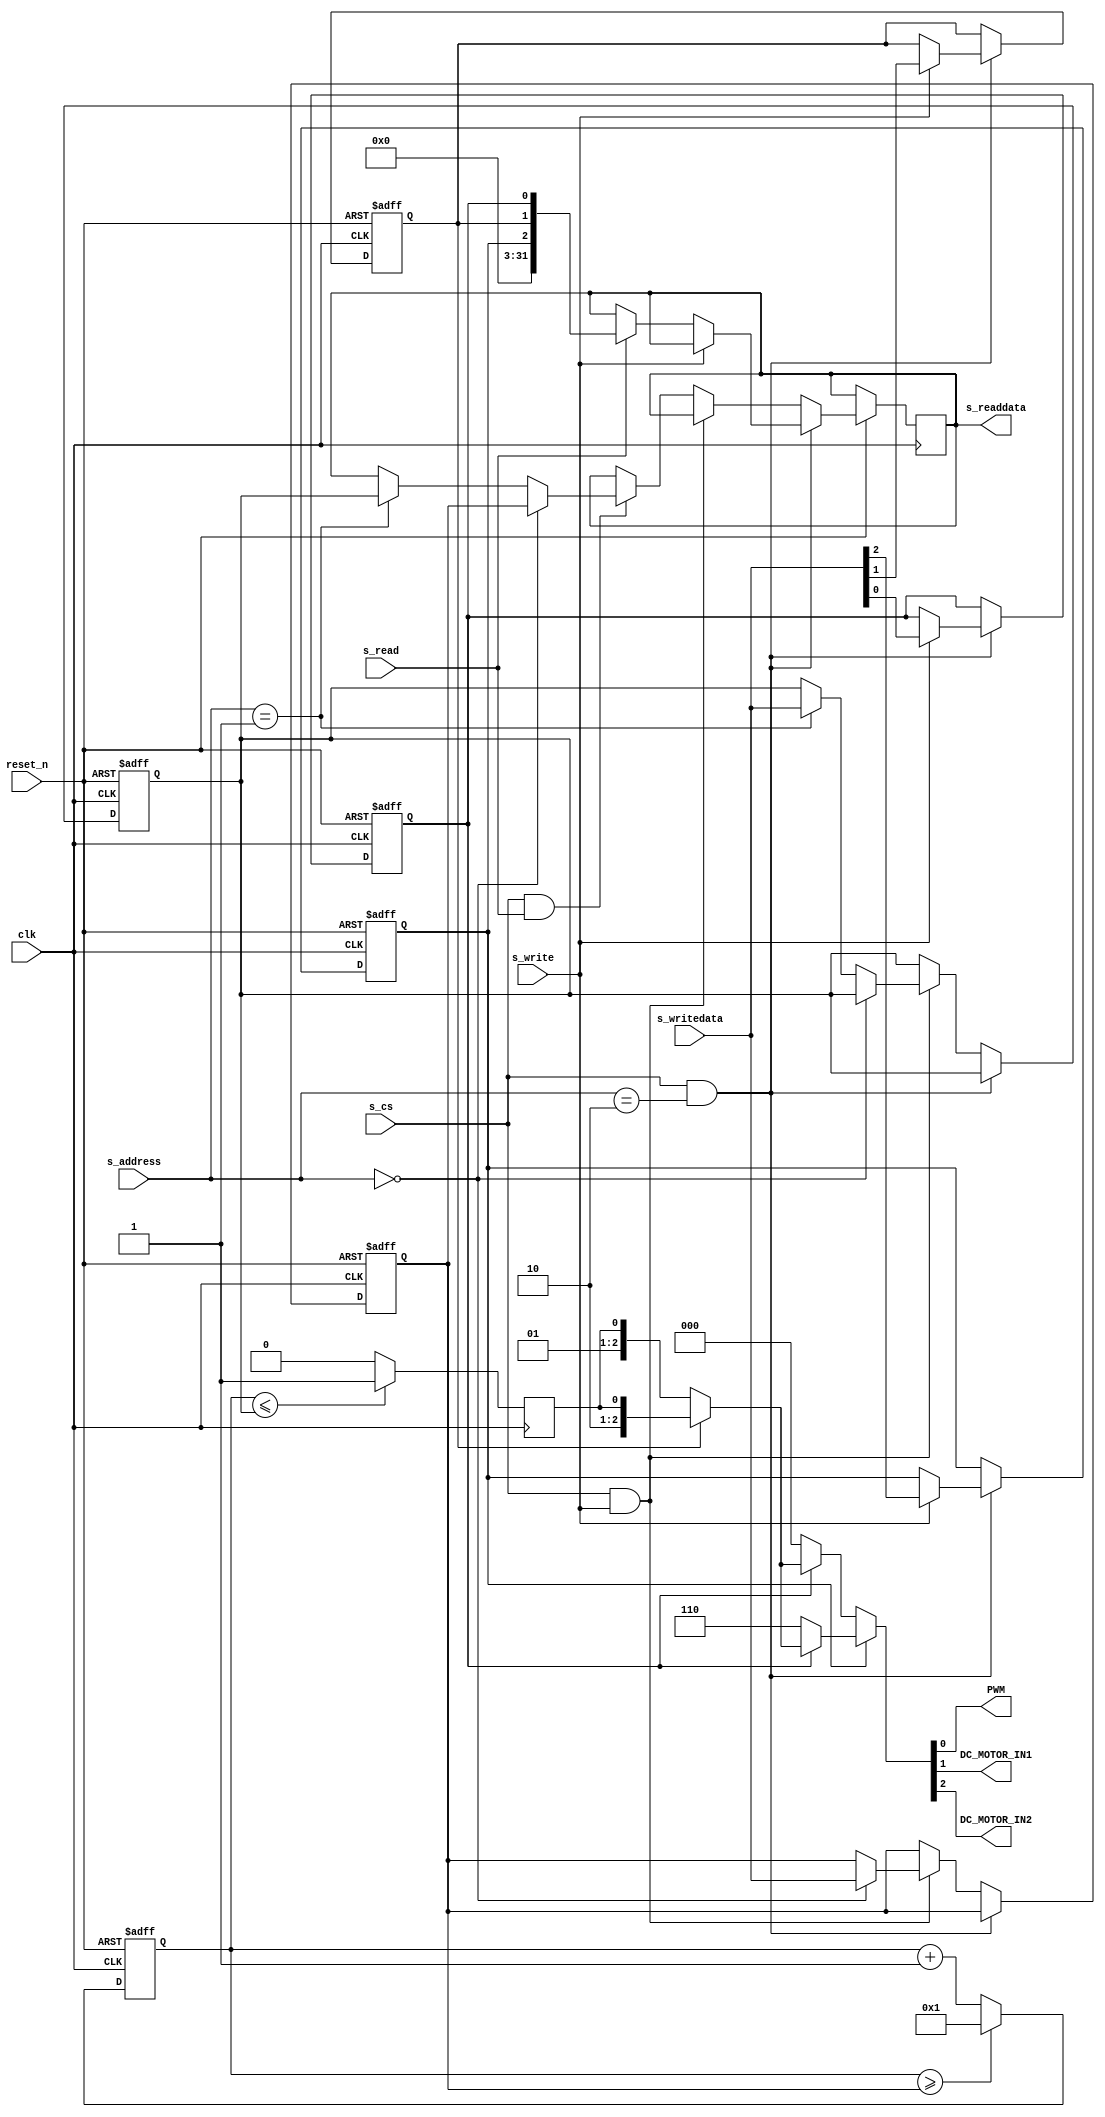
module TERASIC_DC_MOTOR_PWM(
	input						clk,
	input						reset_n,
	//
	input						s_cs,
	input		[1:0]			s_address,
	input						s_write,
	input		[31:0]			s_writedata,
	input						s_read,
	output reg	[31:0]			s_readdata,
	
	//
	output	reg					PWM,
	output	reg					DC_MOTOR_IN1,
	output	reg					DC_MOTOR_IN2
);


`define REG_TOTAL_DUR	2'd0
`define REG_HIGH_DUR	2'd1
`define REG_CONTROL		2'd2


////////////////////////////////////////
// MM Port
reg	motor_go;
reg	motor_forward;
reg	motor_fast_decay;

always @(posedge clk or negedge reset_n)
begin
	if (~reset_n)
	begin
		// PWM
		high_dur <= 0;
		total_dur <= 0;
		
		// MOTOR
		motor_go <= 1'b0;
		motor_forward <= 1'b1;
		motor_fast_decay <= 1'b1;
	end
	else if (s_cs && (s_address == `REG_CONTROL))
	begin
		if (s_write)
			{motor_fast_decay, motor_forward, motor_go} <= s_writedata[2:0];
		else if (s_read)
			s_readdata <= {29'b0, motor_fast_decay, motor_forward, motor_go};
	end
	else if (s_cs & s_write)
	begin
		if (s_address == `REG_TOTAL_DUR)
			total_dur <= s_writedata;
		else if (s_address == `REG_HIGH_DUR)
			high_dur <= s_writedata;
	end
	else if (s_cs & s_read)
	begin
		if (s_address == `REG_TOTAL_DUR)
			s_readdata <= total_dur;
		else if (s_address == `REG_HIGH_DUR)
			s_readdata <= high_dur;
	end	
end



////////////////////////////////////////


always @(*)
begin
	if (motor_fast_decay)
	begin  
		// fast decay
		if (motor_go)
		begin
			if (motor_forward)
				{DC_MOTOR_IN2, DC_MOTOR_IN1,PWM} <= {1'b1, 1'b0,PWM_OUT}; // forward
			else
				{DC_MOTOR_IN2, DC_MOTOR_IN1,PWM} <= {1'b0, 1'b1,PWM_OUT}; // reverse
		end
		else
			{DC_MOTOR_IN2, DC_MOTOR_IN1,PWM} <= {1'b1, 1'b1,1'b0};
	end
	else
	begin 
		// slow decay
		if (motor_go)
		begin
			if (motor_forward)
				{DC_MOTOR_IN2, DC_MOTOR_IN1,PWM} <= {1'b1, 1'b0,PWM_OUT}; // forward
			else
				{DC_MOTOR_IN2, DC_MOTOR_IN1,PWM} <= {1'b0, 1'b1,PWM_OUT}; // reverse
		end
		else
			{DC_MOTOR_IN2, DC_MOTOR_IN1,PWM} <= {1'b0, 1'b0,1'b0};	
	end
end


////////////////////////////////////////
// PWM

reg			PWM_OUT;
reg	[31:0]	total_dur;
reg	[31:0]	high_dur;
reg	[31:0]	tick;

always @ (posedge clk or negedge reset_n)
begin
	if (~reset_n)
	begin
		tick <= 1;
	end
	else if (tick >= total_dur)
	begin
		tick <= 1;
	end
	else
		tick <= tick + 1;
end

always @ (posedge clk)
begin
		PWM_OUT <= (tick <= high_dur)?1'b1:1'b0;
end





endmodule